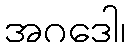
အဂဒေါ၊